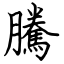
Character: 騰